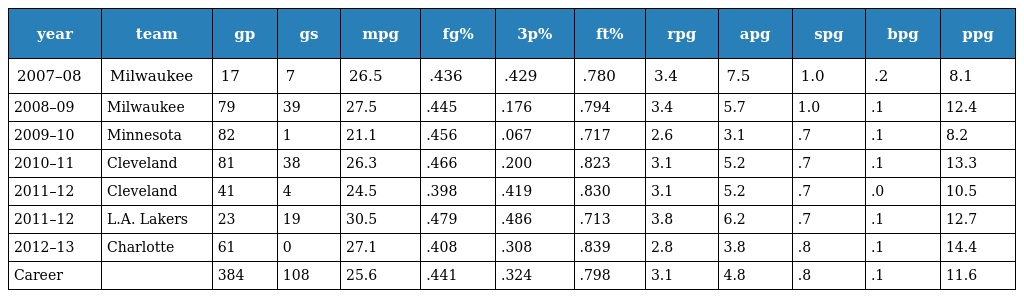
| year | team | gp | gs | mpg | fg% | 3p% | ft% | rpg | apg | spg | bpg | ppg |
 | --- | --- | --- | --- | --- | --- | --- | --- | --- | --- | --- | --- | --- |
 | 2007–08 | Milwaukee | 17 | 7 | 26.5 | .436 | .429 | .780 | 3.4 | 7.5 | 1.0 | .2 | 8.1 |
 | 2008–09 | Milwaukee | 79 | 39 | 27.5 | .445 | .176 | .794 | 3.4 | 5.7 | 1.0 | .1 | 12.4 |
 | 2009–10 | Minnesota | 82 | 1 | 21.1 | .456 | .067 | .717 | 2.6 | 3.1 | .7 | .1 | 8.2 |
 | 2010–11 | Cleveland | 81 | 38 | 26.3 | .466 | .200 | .823 | 3.1 | 5.2 | .7 | .1 | 13.3 |
 | 2011–12 | Cleveland | 41 | 4 | 24.5 | .398 | .419 | .830 | 3.1 | 5.2 | .7 | .0 | 10.5 |
 | 2011–12 | L.A. Lakers | 23 | 19 | 30.5 | .479 | .486 | .713 | 3.8 | 6.2 | .7 | .1 | 12.7 |
 | 2012–13 | Charlotte | 61 | 0 | 27.1 | .408 | .308 | .839 | 2.8 | 3.8 | .8 | .1 | 14.4 |
 | Career |  | 384 | 108 | 25.6 | .441 | .324 | .798 | 3.1 | 4.8 | .8 | .1 | 11.6 |